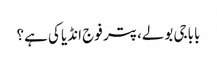
باباجی بولے، پتر فوج انڈیا کی ہے؟